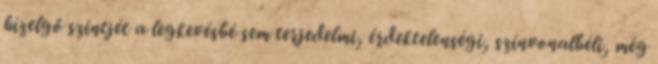
hízelgő szintjét a legke­vés­­bé sem terjedelmi, érdektelenségi, színvonalbéli, még